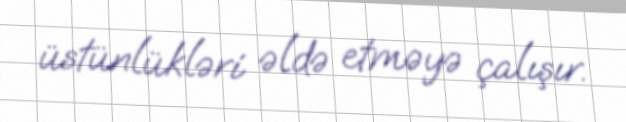
üstünlükləri əldə etməyə çalışır.